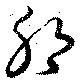
耶